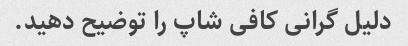
دلیل گرانی کافی شاپ را توضیح دهید.